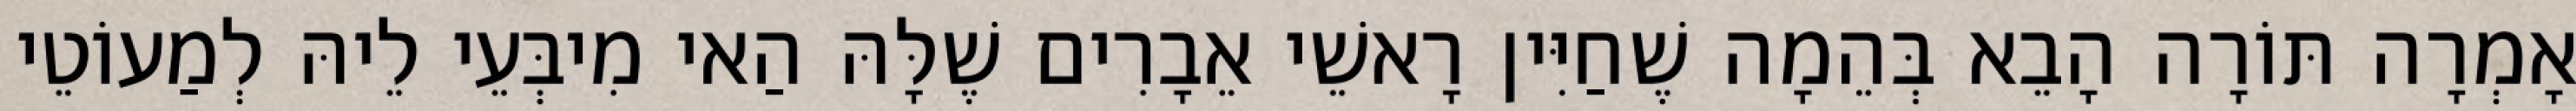
אָמְרָה תּוֹרָה הָבֵא בְּהֵמָה שֶׁחַיִּין רָאשֵׁי אֵבָרִים שֶׁלָּהּ הַאי מִיבְּעֵי לֵיהּ לְמַעוֹטֵי